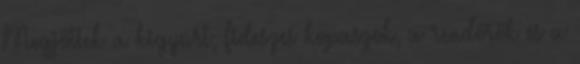
Megjöttek a kigyúrt, fideszes kopaszok, a rendőrök és a